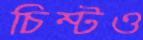
চিম্‌টও